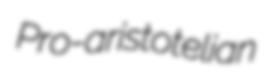
Pro-aristotelian